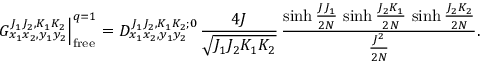
G _ { x _ { 1 } x _ { 2 } , y _ { 1 } y _ { 2 } } ^ { J _ { 1 } J _ { 2 } , K _ { 1 } K _ { 2 } } \Big | _ { \mathrm { f r e e } } ^ { q = 1 } = D _ { x _ { 1 } x _ { 2 } , y _ { 1 } y _ { 2 } } ^ { J _ { 1 } J _ { 2 } , K _ { 1 } K _ { 2 } ; 0 } \, \frac { 4 J } { \sqrt { J _ { 1 } J _ { 2 } K _ { 1 } K _ { 2 } } } \, \frac { \sinh \frac { J J _ { 1 } } { 2 N } \, \sinh \frac { J _ { 2 } K _ { 1 } } { 2 N } \, \sinh \frac { J _ { 2 } K _ { 2 } } { 2 N } } { \frac { J ^ { 2 } } { 2 N } } .